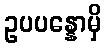
ဥပပန္နောမှိ